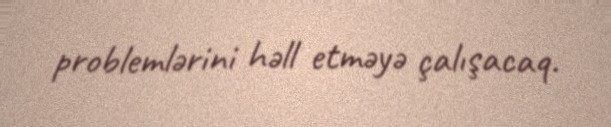
problemlərini həll etməyə çalışacaq.